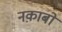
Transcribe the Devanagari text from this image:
नक़ाबों